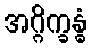
အဂ္ဂိက္ခန္ဓံ